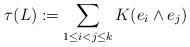
LaTeX: \begin{align*}\tau (L) := \sum_{1\leq i<j\leq k} K(e_i\wedge e_j)\end{align*}